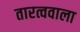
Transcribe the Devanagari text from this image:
तारत्ववाला